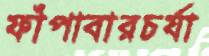
ফাঁপাবারচর্যা